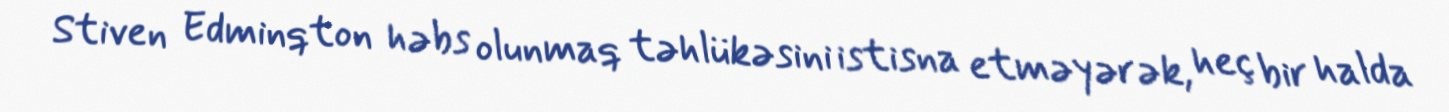
Stiven Edminqton həbs olunmaq təhlükəsini istisna etməyərək, heç bir halda